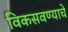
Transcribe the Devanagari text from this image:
विकसवण्याचे